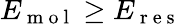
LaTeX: E_{\mathrm{~m~o~l~}}\geq E_{\mathrm{~r~e~s~}}